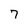
Character: 7